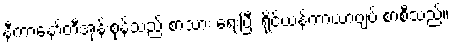
နီကာနော်တီအုန်းစုန်သည် စာသား ရေးပြီး ရိုင်ယန်ကာယာဗျပ် စာစီသည်။